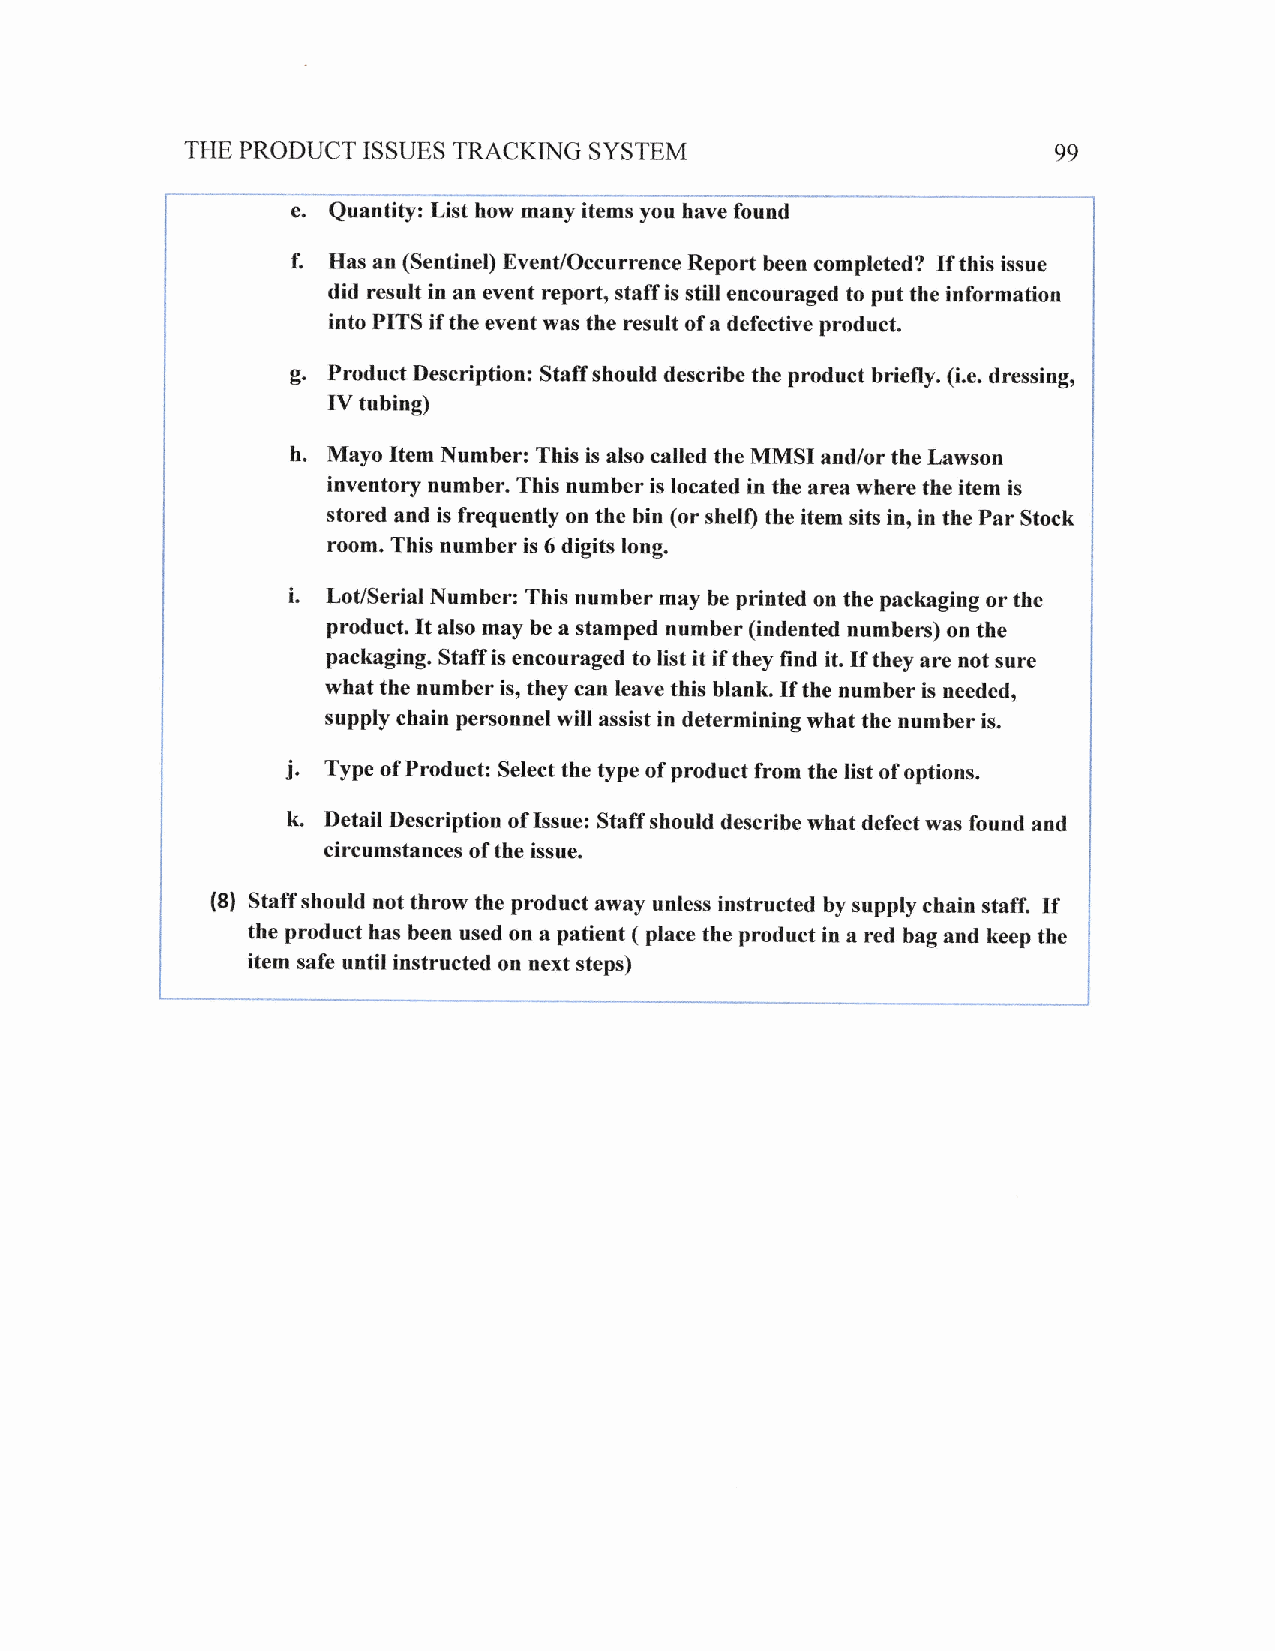
THE PRODUCT ISSUES TRACKING SYSTEM                        99
 e.
 Quantity: List how many items you have found
 I
 '       f. Has an (Sentinel) trvent/Occurrence Report been completed? If this issue
 .          did result in an event report, staff is still eilcouraged to put the information i
 ;EI--I     intoPITSiftheeventwastheresultofadefectiveproduct. I
 i^1
 r       B. Product Description: Staffshould rlescribe the product briefly. (i.e. dressing, ,
 ,          [Y tuhing)
 ,
 i
 h.MayoItemNumber:ThisisaIsocalIedtheMMSIand/ortheLawson
 '          inventoqr number. This number is located in the area where the item is
 ,          stored and is frequently on the bin (or shell) the item sits in, in the Par Stock i
 I                             long.                          i
 room* This number is 6 digits
 i
 I       i. Lot/Serial Number: This number may be printed on the packaging or the :
 j-         product. It also may he a stamped numher (indented numbers) on the .
 l :i
 packaging. Staff is encouraged to list it if they find it. If they
 art- ei
 not sure
 l
 ;          what the number is, they can leave this blank. If the numher is needed , i
 'i
 lsupplychainpersonneIwillassistindeterminingwhatthenumberis.
 i
 1I,.    i. Type of Product: Select the type of product from the list of options.
 k.
 Detail Description of lssue: Staff should describe what defect was found and
 circumstances of the issue.                        f
 ,
 l
 (81 Staff should not throw the product away unless instructed bysupply chain staff. If
 I    the product has been used on a patient ( place the product in a red bag and keep the
 ,    item safe until instructed on next steps)               i